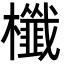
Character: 櫼